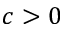
c > 0